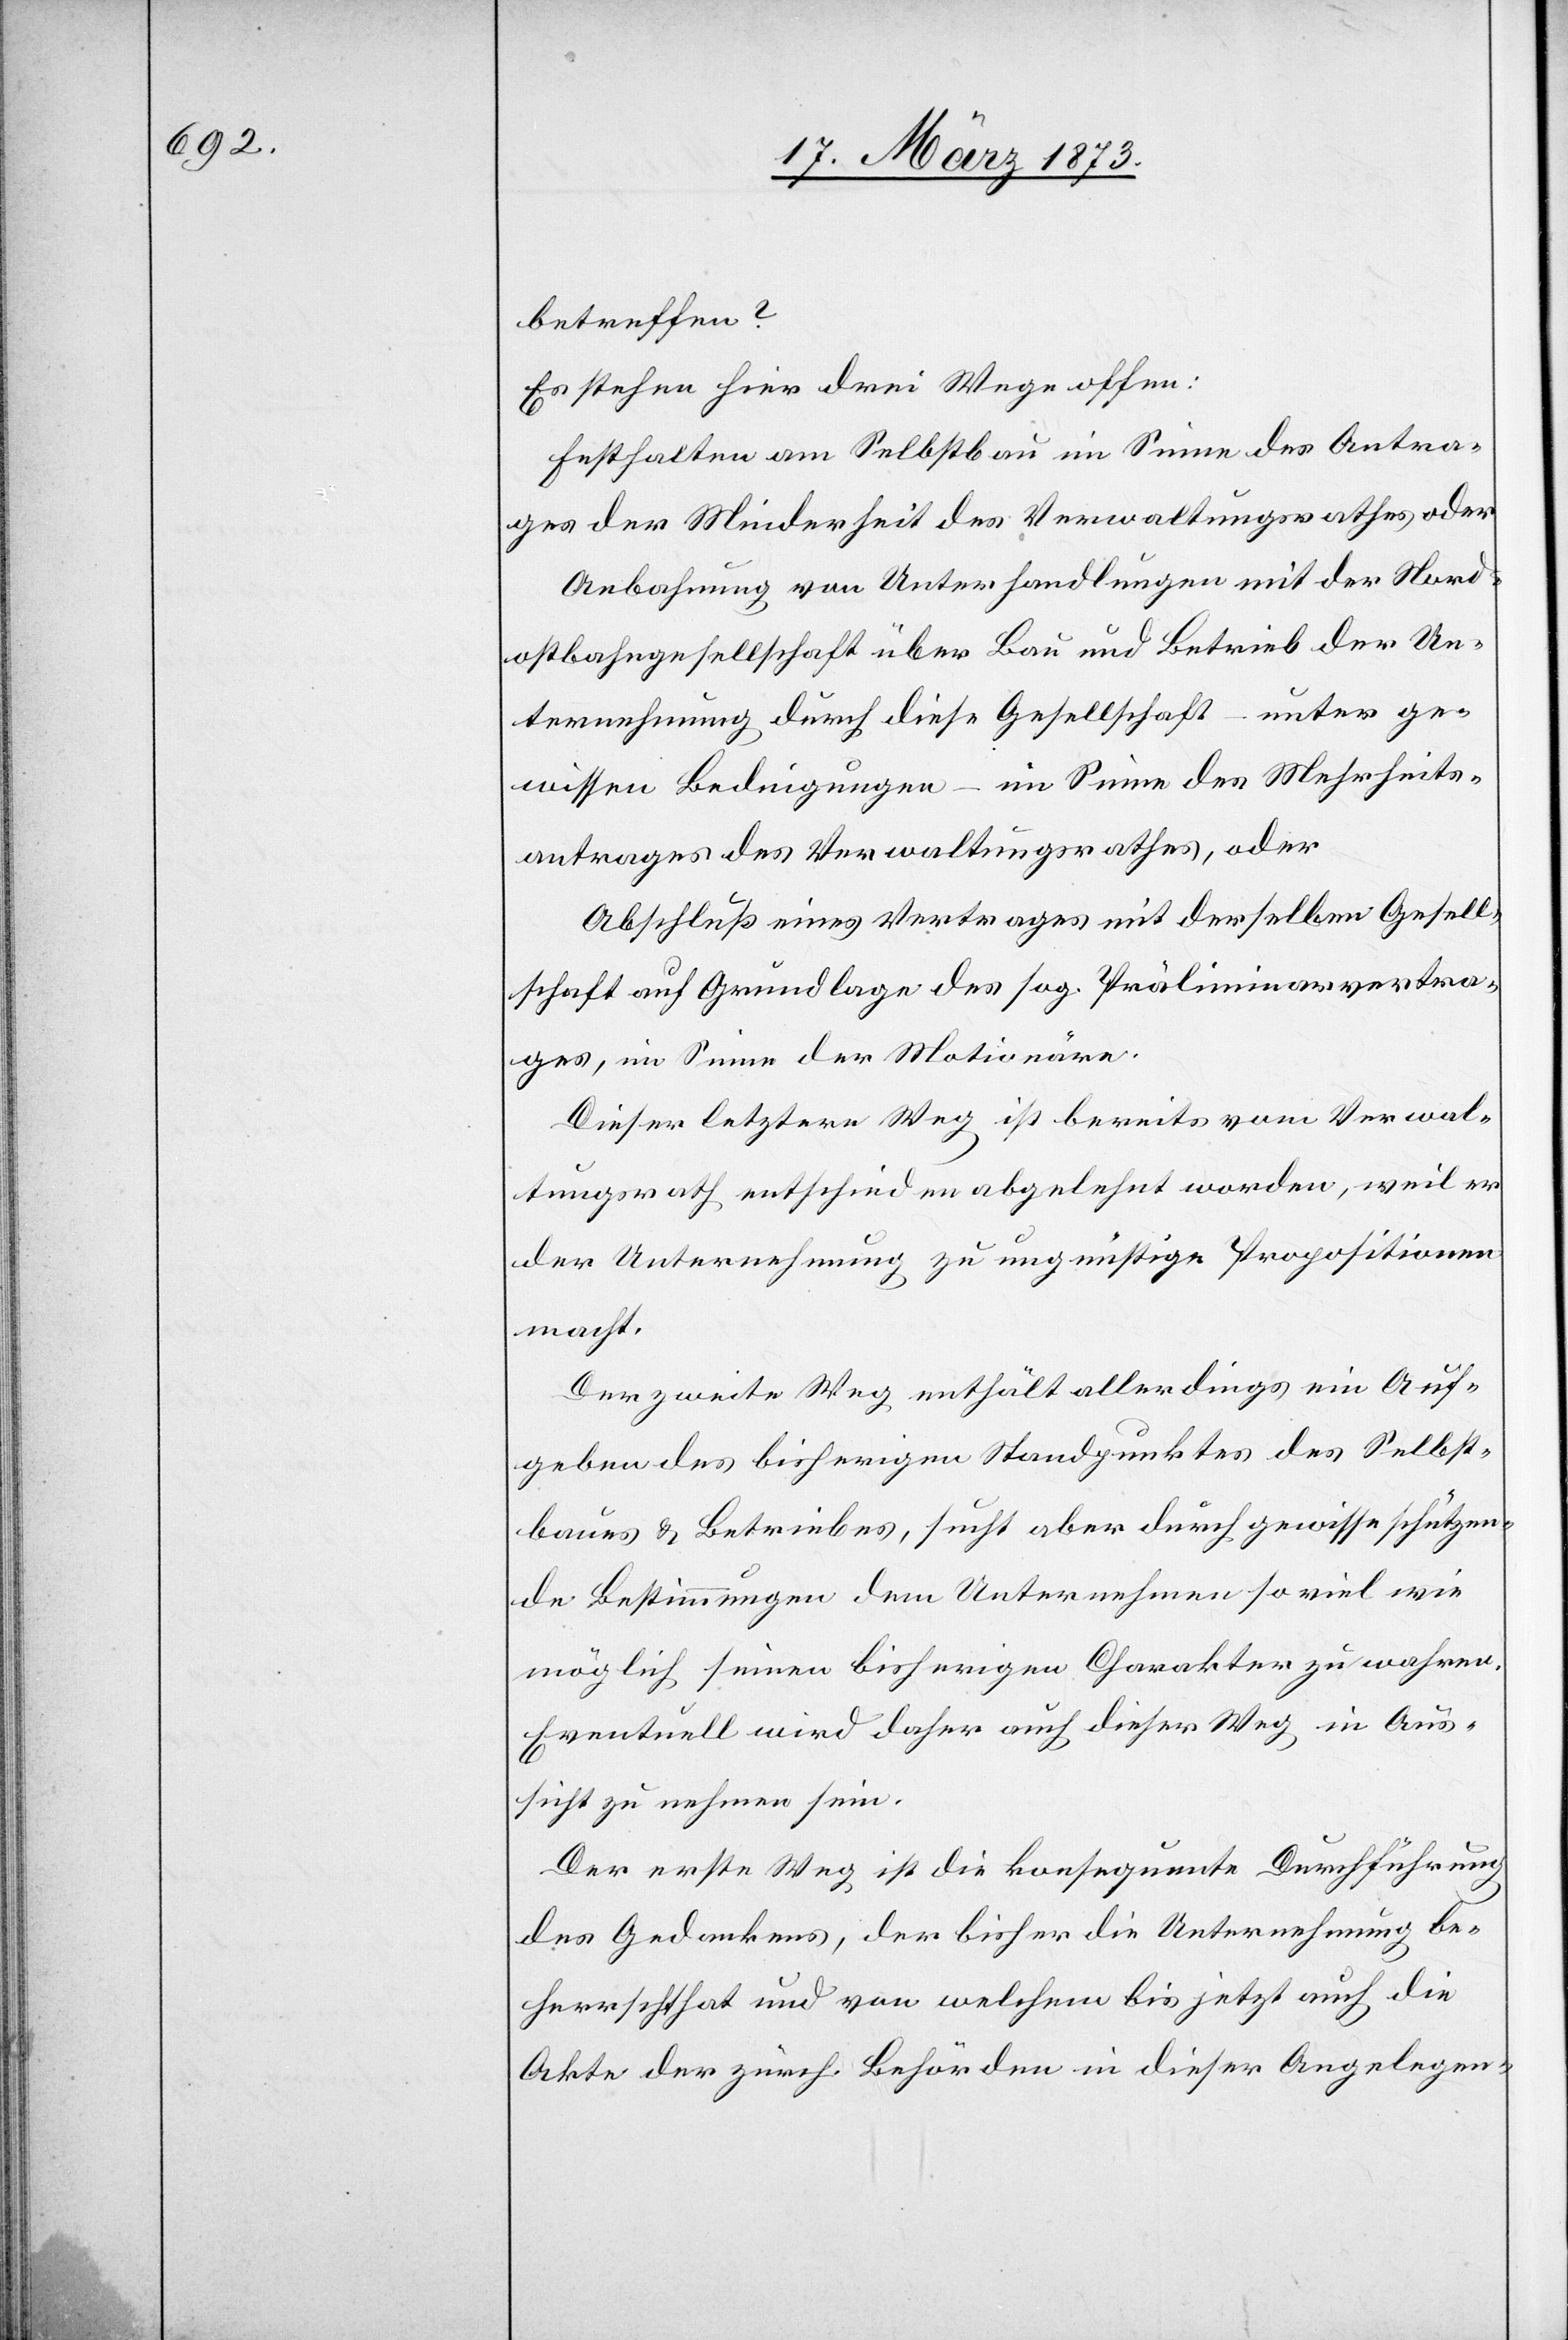
betreffen?
Es stehen hier drei Wege offen:
Festhalten am Selbstbau im Sinne des Antra¬
ges der Minderheit des Verwaltungsrathes oder
Anbahnung von Unterhandlungen mit der Nord¬
ostbahngesellschaft über Bau und Betrieb der Un¬
ternehmung durch diese Gesellschaft – unter ge¬
wissen Bedingungen – im Sinne des Mehrheits¬
antrages des Verwaltungsrathes, oder
Abschluß eines Vertrages mit derselben Gesell¬
schaft auf Grundlage des sog. Präliminarvertra¬
ges, im Sinne der Motionäre.
Dieser letztere Weg ist bereits vom Verwal¬
tungsrath entschieden abgelehnt worden, weil er
der Unternehmung zu ungünstige Propositionen
macht.
Der zweite Weg enthält allerdings ein Auf¬
geben des bisherigen Standpunktes des Selbst¬
baues u. Betriebes, sucht aber durch gewisse schützen¬
de Bestimmungen dem Unternehmen so viel wie
möglich seinen bisherigen Charakter zu wahren.
Eventuell wird daher auch dieser Weg in Aus¬
sicht zu nehmen sein.
Der erste Weg ist die konsequente Durchführung
des Gedankens, der bisher die Unternehmung be¬
herrscht hat und von welchem bis jetzt auch die
Akte der zürch. Behörden in dieser Angelegen-